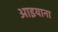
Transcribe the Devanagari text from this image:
आइयाना